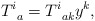
\begin{align*}T_{\;\;a}^{i}=T_{\;\;ak}^{i}y^{k}, \end{align*}